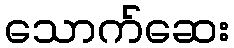
သောက်ဆေး